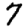
Digit: 7